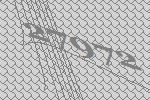
27972